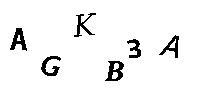
AGKB3A